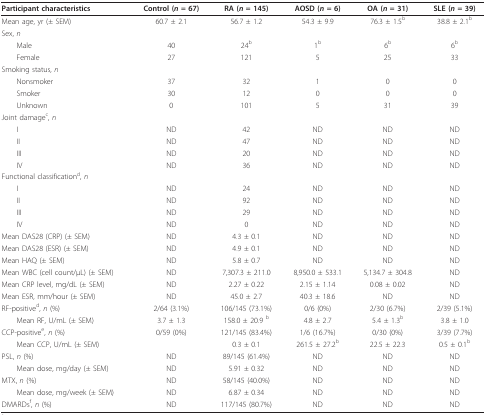
<table><thead><tr><td><b>Participant characteristics</b></td><td><b>Control (<i>n </i>= 67)</b></td><td><b>RA (<i>n </i>= 145)</b></td><td><b>AOSD (<i>n </i>= 6)</b></td><td><b>OA (<i>n </i>= 31)</b></td><td><b>SLE (<i>n </i>= 39)</b></td></tr></thead><tbody><tr><td>Mean age, yr (± SEM)</td><td>60.7 ± 2.1</td><td>56.7 ± 1.2</td><td>54.3 ± 9.9</td><td>76.3 ± 1.5<sup>b</sup></td><td>38.8 ± 2.1<sup>b</sup></td></tr><tr><td>Sex, <i>n</i></td><td></td><td></td><td></td><td></td><td></td></tr><tr><td> Male</td><td>40</td><td>24<sup>b</sup></td><td>1<sup>b</sup></td><td>6<sup>b</sup></td><td>6<sup>b</sup></td></tr><tr><td> Female</td><td>27</td><td>121</td><td>5</td><td>25</td><td>33</td></tr><tr><td>Smoking status, <i>n</i></td><td></td><td></td><td></td><td></td><td></td></tr><tr><td> Nonsmoker</td><td>37</td><td>32</td><td>1</td><td>0</td><td>0</td></tr><tr><td> Smoker</td><td>30</td><td>12</td><td>0</td><td>0</td><td>0</td></tr><tr><td> Unknown</td><td>0</td><td>101</td><td>5</td><td>31</td><td>39</td></tr><tr><td>Joint damage<sup>c</sup>, <i>n</i></td><td></td><td></td><td></td><td></td><td></td></tr><tr><td> I</td><td>ND</td><td>42</td><td>ND</td><td>ND</td><td>ND</td></tr><tr><td> II</td><td>ND</td><td>47</td><td>ND</td><td>ND</td><td>ND</td></tr><tr><td> III</td><td>ND</td><td>20</td><td>ND</td><td>ND</td><td>ND</td></tr><tr><td> IV</td><td>ND</td><td>36</td><td>ND</td><td>ND</td><td>ND</td></tr><tr><td>Functional classification<sup>d</sup>, <i>n</i></td><td></td><td></td><td></td><td></td><td></td></tr><tr><td> I</td><td>ND</td><td>24</td><td>ND</td><td>ND</td><td>ND</td></tr><tr><td> II</td><td>ND</td><td>92</td><td>ND</td><td>ND</td><td>ND</td></tr><tr><td> III</td><td>ND</td><td>29</td><td>ND</td><td>ND</td><td>ND</td></tr><tr><td> IV</td><td>ND</td><td>0</td><td>ND</td><td>ND</td><td>ND</td></tr><tr><td>Mean DAS28 (CRP) (± SEM)</td><td>ND</td><td>4.3 ± 0.1</td><td>ND</td><td>ND</td><td>ND</td></tr><tr><td>Mean DAS28 (ESR) (± SEM)</td><td>ND</td><td>4.9 ± 0.1</td><td>ND</td><td>ND</td><td>ND</td></tr><tr><td>Mean HAQ (± SEM)</td><td>ND</td><td>5.8 ± 0.7</td><td>ND</td><td>ND</td><td>ND</td></tr><tr><td>Mean WBC (cell count/μL) (± SEM)</td><td>ND</td><td>7,307.3 ± 211.0</td><td>8,950.0 ± 533.1</td><td>5,134.7 ± 304.8</td><td>ND</td></tr><tr><td>Mean CRP level, mg/dL (± SEM)</td><td>ND</td><td>2.27 ± 0.22</td><td>2.15 ± 1.14</td><td>0.08 ± 0.02</td><td>ND</td></tr><tr><td>Mean ESR, mm/hour (± SEM)</td><td>ND</td><td>45.0 ± 2.7</td><td>40.3 ± 18.6</td><td>ND</td><td>ND</td></tr><tr><td>RF-positive<sup>d</sup>, <i>n</i> (%)</td><td>2/64 (3.1%)</td><td>106/145 (73.1%)</td><td>0/6 (0%)</td><td>2/30 (6.7%)</td><td>2/39 (5.1%)</td></tr><tr><td> Mean RF, U/mL (± SEM)</td><td>3.7 ± 1.3</td><td>158.0 ± 20.9 <sup>b</sup></td><td>4.8 ± 2.7</td><td>5.4 ± 1.3<sup>b</sup></td><td>3.8 ± 1.0</td></tr><tr><td>CCP-positive<sup>e</sup>, <i>n </i>(%)</td><td>0/59 (0%)</td><td>121/145 (83.4%)</td><td>1/6 (16.7%)</td><td>0/30 (0%)</td><td>3/39 (7.7%)</td></tr><tr><td> Mean CCP, U/mL (± SEM)</td><td></td><td>0.3 ± 0.1</td><td>261.5 ± 27.2<sup>b</sup></td><td>22.5 ± 22.3</td><td>0.5 ± 0.1<sup>b</sup></td></tr><tr><td>PSL, <i>n </i>(%)</td><td>ND</td><td>89/145 (61.4%)</td><td>ND</td><td>ND</td><td>ND</td></tr><tr><td> Mean dose, mg/day (± SEM)</td><td>ND</td><td>5.91 ± 0.32</td><td>ND</td><td>ND</td><td>ND</td></tr><tr><td>MTX, <i>n </i>(%)</td><td>ND</td><td>58/145 (40.0%)</td><td>ND</td><td>ND</td><td>ND</td></tr><tr><td> Mean dose, mg/week (± SEM)</td><td>ND</td><td>6.87 ± 0.34</td><td>ND</td><td>ND</td><td>ND</td></tr><tr><td>DMARDs<sup>f</sup>, <i>n </i>(%)</td><td>ND</td><td>117/145 (80.7%)</td><td>ND</td><td>ND</td><td>ND</td></tr></tbody></table>